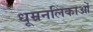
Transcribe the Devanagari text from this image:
धूम्रनलिकाओं